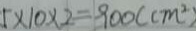
5 \times 1 0 \times 2 = 9 0 0 ( c m ^ { 2 } )